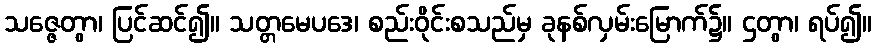
သဇ္ဇေတွာ၊ ပြင်ဆင်၍။ သတ္တမေပဒေ၊ စည်းဝိုင်းစသည်မှ ခုနစ်လှမ်းမြောက်၌။ ဌတွာ၊ ရပ်၍။